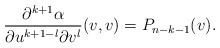
\begin{align*} \frac{\partial^{k+1}\alpha}{\partial u^{k+1-l}\partial v^l}(v,v)=P_{n-k-1}(v).\end{align*}